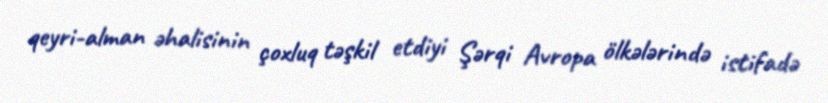
qeyri-alman əhalisinin çoxluq təşkil etdiyi Şərqi Avropa ölkələrində istifadə